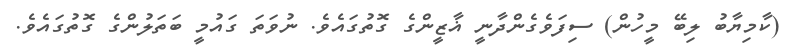
(ކާމިޔާބު ލިބޭ މީހުން) ސިފަވެގެންދާނީ ޣާޒީންގެ ގޮތުގައެވެ. ނުވަތަ ގައުމީ ބަތަލުންގެ ގޮތުގައެވެ.